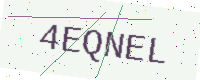
Text: 4EQNEL